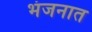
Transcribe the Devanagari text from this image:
भंजनात